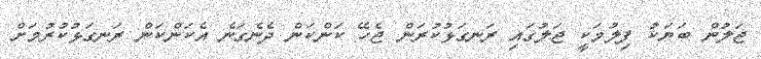
ޖަލުން ބަޔަކު ފިލުމަކީ ޖަލުގައި ރަނގަޅުކުރަން ޖެހޭ ކަންކަން ދެނެގަނެ އެކަންކަން ރަނގަޅުކުރުމަށް